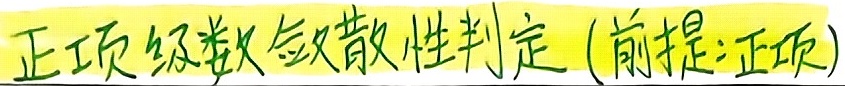
正项级数敛散性判定（前提:正项）